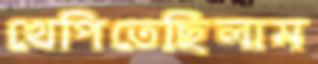
খেপিতেছিলাম